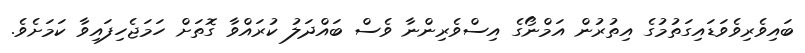
ބައިވެރިވެވަޑައިގަތުމުގެ އިތުރުން އަމްނޯގެ އިސްވެރިންނާ ވެސް ބައްދަލު ކުރައްވާ ގޮތަށް ހަމަޖެހިފައިވާ ކަމަށެވެ.